King Institute of Preventive Medicine Micro-Biological Section reports 1909-11
Year: 1909
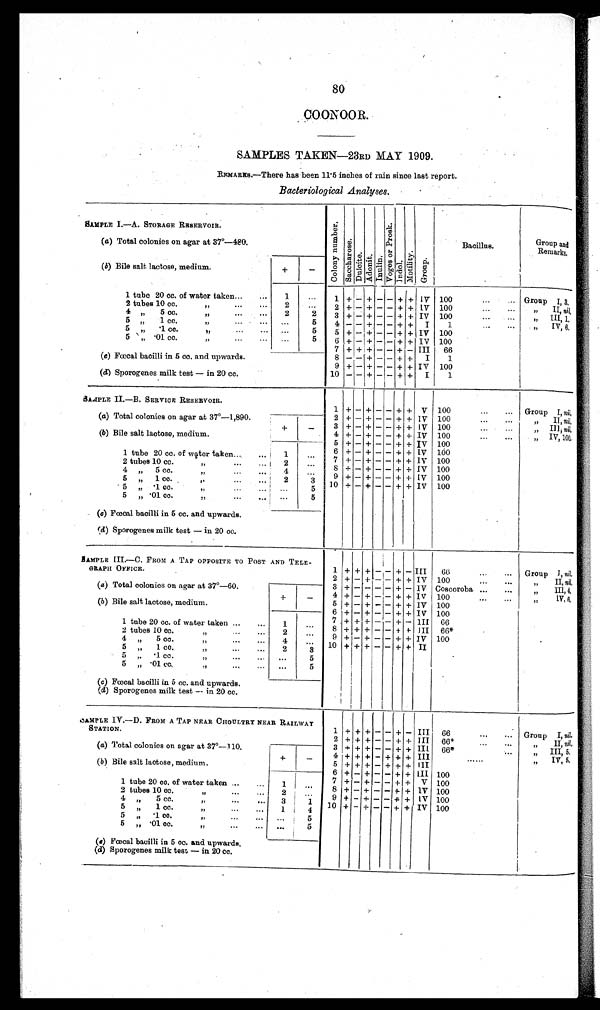
80
COONOOR.
SAMPLES TAKEN—23RD MAY 1909.
REMARKS.—There has been 11.5 inches of rain since last report.
Bacteriological Analyses.
SAMPLE I.—A. STORAGE RESERVOIR.
C o l o n y n u m b e r .
S a c c h a r o s e .
Dul c i t e . Ad o n i t . I nul i n.
V o g e s o r P r o s k .
I ndol . Mot i l i t y.
Group.
Bacillus.
Group and
Remarks.
(a) Total colonies on agar at 37°—480.
(b) Bile salt lactose, medium.
+
—
1 tube 20 cc. of water taken...
...
1
. . .
1 + — + —— + + IV 100
...
,,. Group I, 3.
2
tubes
10
cc.
,,
'''
...
2
. . .
2 + — + —— + + IV 100
. . .
. . .
,, II, ni l .
4 „ 5 cc.
„
2
2
3 + — + —— + + IV 100...
„ Ill, 1.
5 „ 1 cc.
„
...
...
. . .
5
4 —— + —— + + I
1
...
,, IV, 6.
5 „ .1 cc.
„
...
...
. . .
5
5 + — + —— + + IV 100
5 „ .01 cc.
„
..,
...
...
5
6 + — + —— + + IV 100
7 + + + —— + — III
66
(c) Fœcal bacilli in 5 cc. and upwards.
8 —— + —— + + I
1
9 + — + —— + + IV 100
(d) Sporogenes milk test—in 20 cc.
10 —— + — — + +
I
1
SAMPLE II.—B. SERVICE RESERVOIR.
1 + — + — — + + V 100
...
... Group I, nil.
(a) Total colonies on agar at 37°—1,890.
2 + — + —— + + IV 100
,, II, nil.
+
—
3 + —+ ——+ + IV 100
...
...
,, Ill, nil.
(b) Bile salt lactose, medium.
4 + — + —— + + IV 100
. . .
. . .
„
IV,
100.
5 + —+ ——+ + IV 100
6 + — + —— + + IV 100
1 tube 20 cc. of water taken...
...
1
. . .
7 + — + — — + + IV 100
2 t ubes 10 cc.
„
2
. . .
8 + — + —— + + IV 100
4 „ 5 CC. „
4
. . .
9 + —+ ——+ + IV 100
5
„ 1 C C . „
2
3
10 + — + —— + + IV 100
5 „ . 1 C C . „
. . .
5
5 „ .01 CC. „
. . .
5
(c) Fœcal bacilli in 5 cc. and upwards.
(d) Sporogenes milk test — in 20 cc.
SAMPLE III.—C. FROM A TAP OPPOSITE TO POST AND TELE-
GRAPH OFFICE.
1 + + + — — + — III
66
..,
... Group I, nil.
2 + — + —— + + IV 100
...
...
„
II,
nil.
(a) Total colonies on agar at 37°—60.
3 + ———— + — IV Coscoroba ...
...
„
III,
4.
+
—
4 + — + —— + + IV 100
...
...
„
IV,
6.
(b) Bile salt lactose, medium.
5 + — + —— + + IV 100
6 + — + —— + + IV 100
1 tube 20 cc. of water taken
1
. . .
7 + + + — — + —
I I I 66
2 tubes 10 cc.
„
2
. . .
8 + + + —— + + III 66*
4 „ 5 cc.
„
4
. . .
9 + — + —— + + IV 100
5 „ 1 cc. „
2
3
10 + + + —— + + II
5 „ .1 cc.
„
. . .
5
5 „ .01 cc. „
. . .
5
(c) Fœcal bacilli in 5 cc. and upwards.
(d) Sporogenes milk test — in 20 cc.
SAMPLE IV.—D. FROM A TAP NEAR CHOULTRY NEAR RAILWAY
STATION.
1 + + + — — + — III 66
Group I, nil.
2 + + + —— + +
I I I 66*
„
II,
nil .
(a) Total colonies on agar at 37°—110.
3 + + + —— + + III 66*
„
III,
5.
+
—
4 + + + —+ + + III
......
„
IV,
5.
( b ) Bile salt lactose, medium.
5 + + + — + + + III
6 + — + —— + + III 100
1 tube 20 cc. of water taken ...
1
. . .
7 + — + — — + + V 100
2 t ube s 1 0 c c .
„
2
. . .
8 + — + —— + + IV 100
4 „ 5 cc . „
3
1
9 + — + —— + + IV 100
5 „ 1 cc. „
1
4
10 + — + —— +
+ IV 100
5 „ .1 cc.
„
. . .
5
5 „ .01 cc.
„
. . .
5
(c) Fœcal bacilli in 5 cc. and upwards.
(d) Sporogenes milk test — in 20 cc.